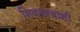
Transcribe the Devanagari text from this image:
शिवतत्त्वाशी